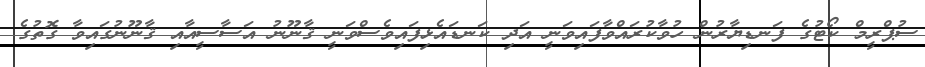
ސުޕްރީމް ކޯޓުގެ ފަނޑިޔާރުން ހުވާކުރައްވާފައިވަނީ އަދި ކަނޑައެޅިފައިވެސްވަނީ ޤާނޫނު އަސާސީއާއި ޤާނޫނުގައިވާ ގޮތުގެ